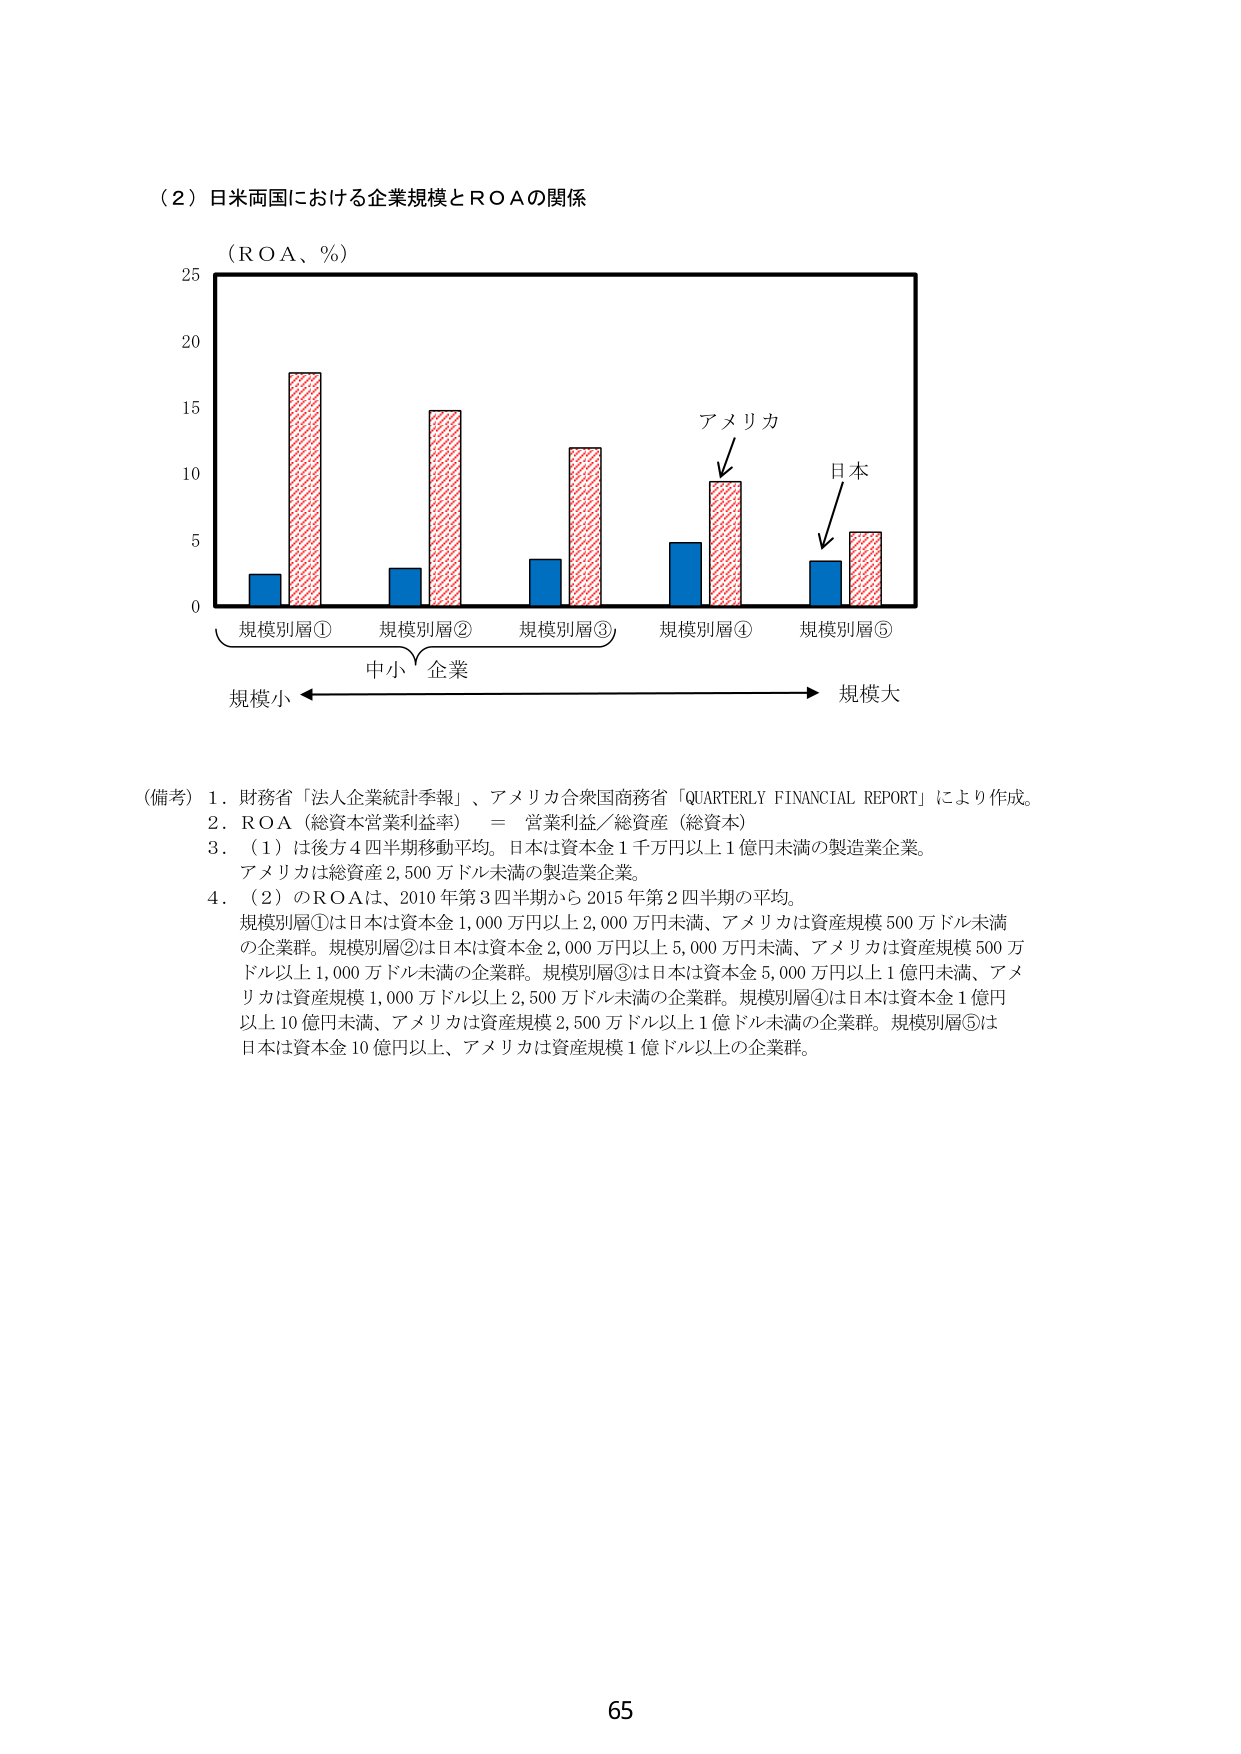
（２）日米両国における企業規模とＲＯＡの関係

（ＲＯＡ、％）

25
20
15
10
5
0

規模別層①　規模別層②　規模別層③　規模別層④　規模別層⑤

中小企業

規模小 ←→ 規模大

アメリカ
日本

（備考）１．財務省「法人企業統計季報」、アメリカ合衆国商務省「QUARTERLY FINANCIAL REPORT」により作成。
２．ＲＯＡ（総資本営業利益率）＝ 営業利益／総資産（総資本）
３．（１）は後方４四半期移動平均。日本は資本金１千万円以上１億円未満の製造業企業。
　　アメリカは総資産2,500万ドル未満の製造業企業。
４．（２）のＲＯＡは、2010年第3四半期から2015年第2四半期の平均。
　　規模別層①は日本は資本金1,000万円以上2,000万円未満、アメリカは資産規模500万ドル未満の企業群。規模別層②は日本は資本金2,000万円以上5,000万円未満、アメリカは資産規模500万ドル以上1,000万ドル未満の企業群。規模別層③は日本は資本金5,000万円以上1億円未満、アメリカは資産規模1,000万ドル以上2,500万ドル未満の企業群。規模別層④は日本は資本金1億円以上10億円未満、アメリカは資産規模2,500万ドル以上1億ドル未満の企業群。規模別層⑤は日本は資本金10億円以上、アメリカは資産規模1億ドル以上の企業群。

65